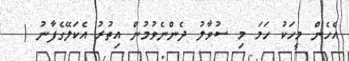
އެހެން މީހަކު ހަމަ މި ސުވާލު ދެންނެވުމުން އިތުރު އެކަލޭގެފާނު (